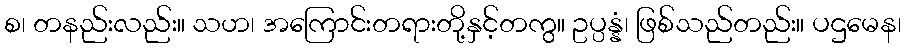
စ၊ တနည်းလည်း။ သဟ၊ အကြောင်းတရားတို့နှင့်တကွ။ ဥပ္ပန္နံ၊ ဖြစ်သည်တည်း။ ပဌမေန၊